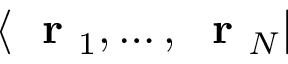
\langle \mathrm { ~ \bf ~ r ~ } _ { 1 } , \dots , \mathrm { ~ \bf ~ r ~ } _ { N } |